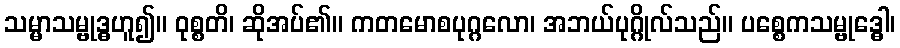
သမ္မာသမ္ဗုဒ္ဓဟူ၍။ ဝုစ္စတိ၊ ဆိုအပ်၏။ ကတမောစပုဂ္ဂလော၊ အဘယ်ပုဂ္ဂိုလ်သည်။ ပစ္စေကသမ္ဗုဒ္ဓေါ၊